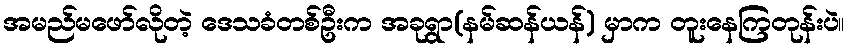
အမည်မဖော်လိုတဲ့ ဒေသခံတစ်ဦးက အခုရွာ(နမ်ဆန်ယန်) မှာက တူးနေကြတုန်းပဲ။